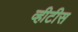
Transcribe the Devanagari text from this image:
व्हीटीस